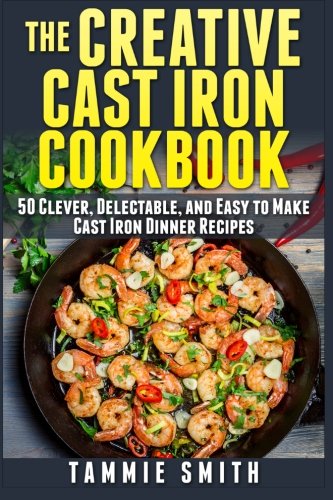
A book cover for The Creative Cast Iron Cookbook: 50 Clever, Delectable, and Easy to Make Cast Iron Dinner Recipes; Tammie Smith; Cookbooks, Food & Wine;